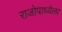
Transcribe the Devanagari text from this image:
राजोपाध्येला